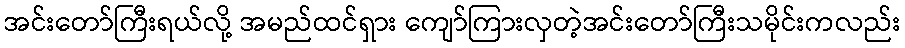
အင်းတော်ကြီးရယ်လို့ အမည်ထင်ရှား ကျော်ကြားလှတဲ့အင်းတော်ကြီးသမိုင်းကလည်း